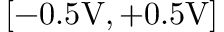
[ - 0 . 5 \mathrm { V } , + 0 . 5 \mathrm { V } ]